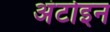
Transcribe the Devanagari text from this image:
अंटोइन